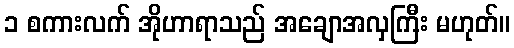
၁ စကားလက် အိုဟာရာသည် အချောအလှကြီး မဟုတ်။